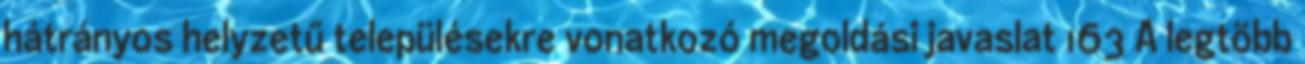
hátrányos helyzetű településekre vonatkozó megoldási javaslat 163 A legtöbb